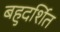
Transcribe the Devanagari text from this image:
बहुदर्शित